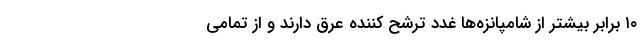
۱۰ برابر بیشتر از شامپانزه‌ها غدد ترشح کننده عرق دارند و از تمامی